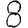
Digit: 8